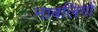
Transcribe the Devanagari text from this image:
नाबलिगों